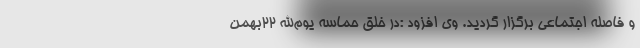
و فاصله اجتماعی برگزار گردید. وی افزود :در خلق حماسه یوم‌الله ۲۲بهمن